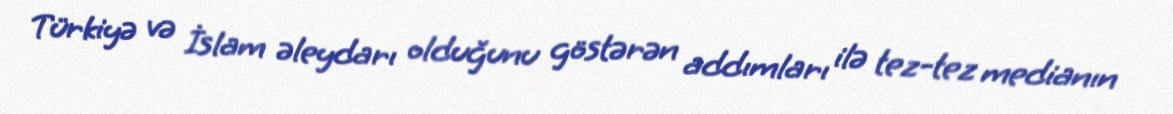
Türkiyə və İslam əleydarı olduğunu göstərən addımları ilə tez-tez medianın